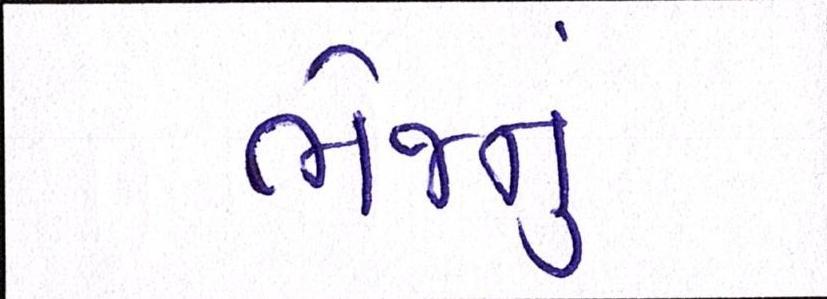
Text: ભેજનું